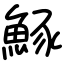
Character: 𫙠